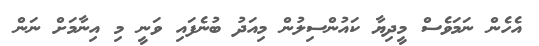
އެހެން ނަމަވެސް މީދިޔާ ކައުންސިލުން މިއަދު ބުނެފައި ވަނީ މި އިނާމަށް ނަން